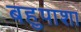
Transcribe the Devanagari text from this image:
बहुपाशा